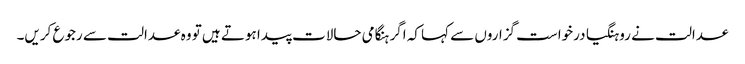
عدالت نے روہنگیا درخواست گزاروں سے کہا کہ اگر ہنگامی حالات پیدا ہوتے ہیں تو وہ عدالت سے رجوع کریں۔